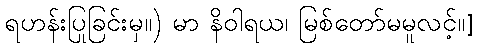
ရဟန်းပြုခြင်းမှ။) မာ နိဝါရယ၊ မြစ်တော်မမူလင့်။]